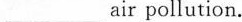
___air pollution.